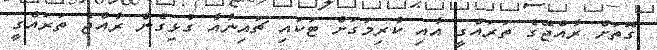
ގޮތަށް ރާއްޖޭގެ ތަރައްގީ އާއި ކުރިމަގަށް ޓަކައި ޗައިނާއާ ގުޅިގެން ރާއްޖެ ތަރައްގީ